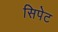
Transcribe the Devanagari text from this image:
सिपेट